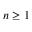
n \geq 1